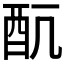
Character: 𲆥